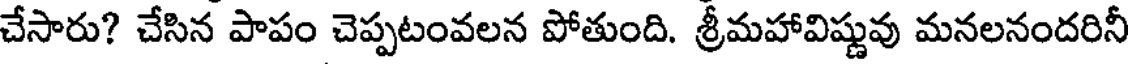
చేసారు? చేసిన పాపం చెప్పటంవలన పోతుంది. శ్రీమహావిష్ణువు మనలనందరినీ